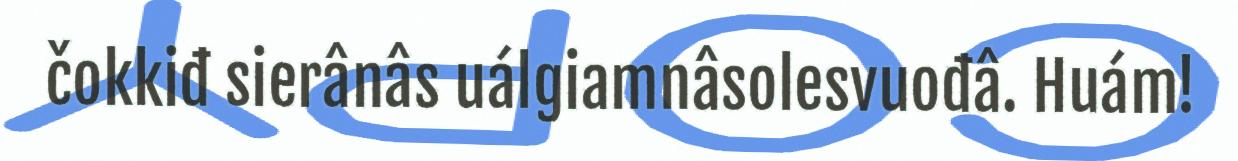
čokkiđ sierânâs uálgiamnâsolesvuođâ. Huám!